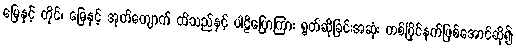
မြေနှင့် တိုင်၊ မြေနှင့် အုတ်ကျောက် ထိသည်နှင့် ပါဠိပြောကြား ရွတ်ဆိုခြင်းအဆုံး တစ်ပြိုင်နက်ဖြစ်အောင်ဆို၍